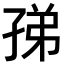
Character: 𡥩